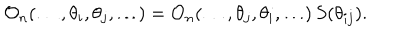
LaTeX: \mathcal { O } _ { n } ( \dots , \theta _ { i } , \theta _ { j } , \dots ) = \mathcal { O } _ { n } ( \dots , \theta _ { j } , \theta _ { i } , \dots ) \, S ( \theta _ { i j } ) .